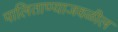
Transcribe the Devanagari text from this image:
पालिताण्याजवळील